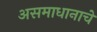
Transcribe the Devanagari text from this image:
असमाधानाचे